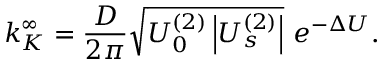
k _ { K } ^ { \infty } = \frac { D } { 2 \pi } \sqrt { U _ { 0 } ^ { ( 2 ) } \left| U _ { s } ^ { ( 2 ) } \right| } \ e ^ { - \Delta U } .